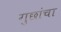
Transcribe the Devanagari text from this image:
गुछांचा